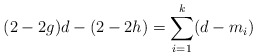
\begin{align*}(2-2g)d-(2-2h)=\sum_{i=1}^{k}(d-m_i)\end{align*}